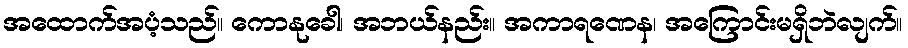
အထောက်အပံ့သည်။ ကောနုခေါ၊ အဘယ်နည်း။ အကာရဏေန၊ အကြောင်းမရှိဘဲလျက်။